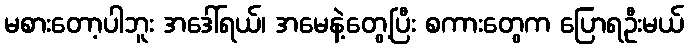
မစားတော့ပါဘူး အဒေါ်ရယ်၊ အမေနဲ့တွေ့ပြီး စကားတွေက ပြောရဦးမယ်